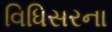
વિધિસરના